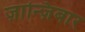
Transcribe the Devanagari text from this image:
ज़ान्ज़िबार